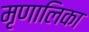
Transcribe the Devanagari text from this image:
मृणालिका